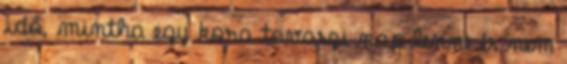
idő, mintha egy kora tavaszi nap lenne és nem